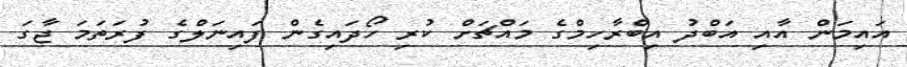
އައިމަން އާއި އަބްދު އިބްރާހިމްގެ މައްޗަށް ކުރި ހޯދައިގެން ފައިނަލްގެ ފުރަތަމަ ޖާގަ